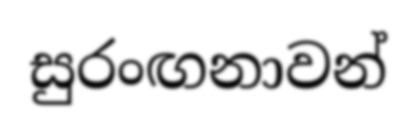
සුරංඟනාවන්